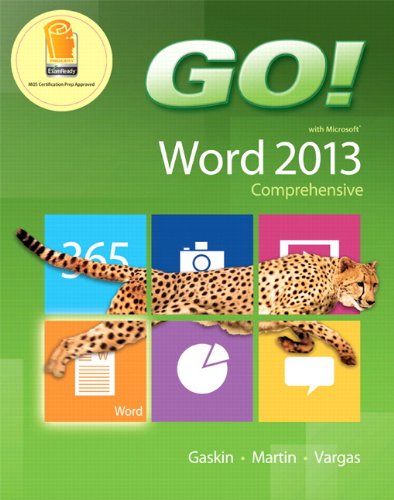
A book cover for GO! with Microsoft Word 2013 Comprehensive; Shelley Gaskin; Computers & Technology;